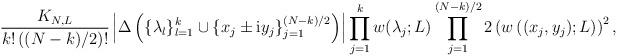
LaTeX: \begin{align*} \frac{K_{N,L}}{k!\left((N-k)/2\right)!}\left|\Delta\left(\{\lambda_l\}_{l=1}^k\cup\{x_j\pm\mathrm{i}y_j\}_{j=1}^{(N-k)/2}\right)\right|\prod_{j=1}^kw(\lambda_j;L)\prod_{j=1}^{(N-k)/2}2\left(w\left((x_j,y_j);L\right)\right)^2,\end{align*}